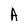
Character: A